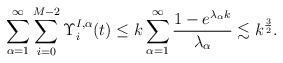
LaTeX: \begin{align*}\sum_{\alpha=1}^\infty \sum_{i=0}^{M-2} \Upsilon_i^{I,\alpha}(t)\leq k\sum_{\alpha=1}^\infty\frac{1-e^{\lambda_\alpha k}}{\lambda_\alpha}\lesssim k^\frac{3}{2}.\end{align*}